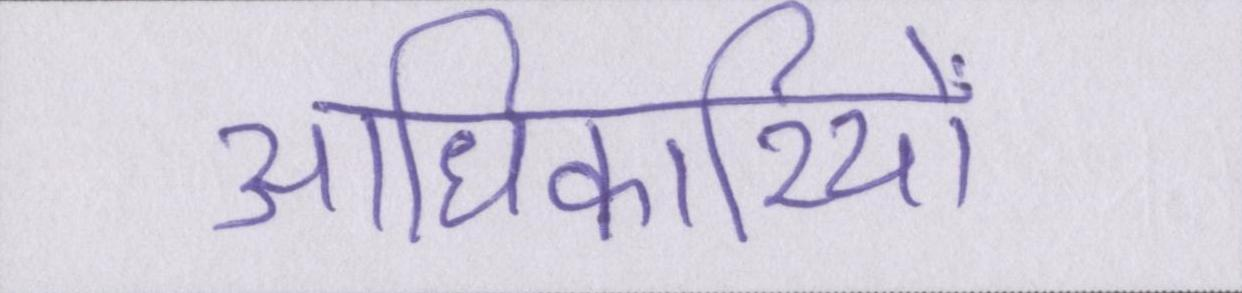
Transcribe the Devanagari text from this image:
आधिकारियों